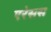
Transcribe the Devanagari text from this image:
एरेसस